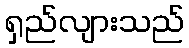
ရှည်လျားသည်